[Report on the health of British troops in the Madras command]
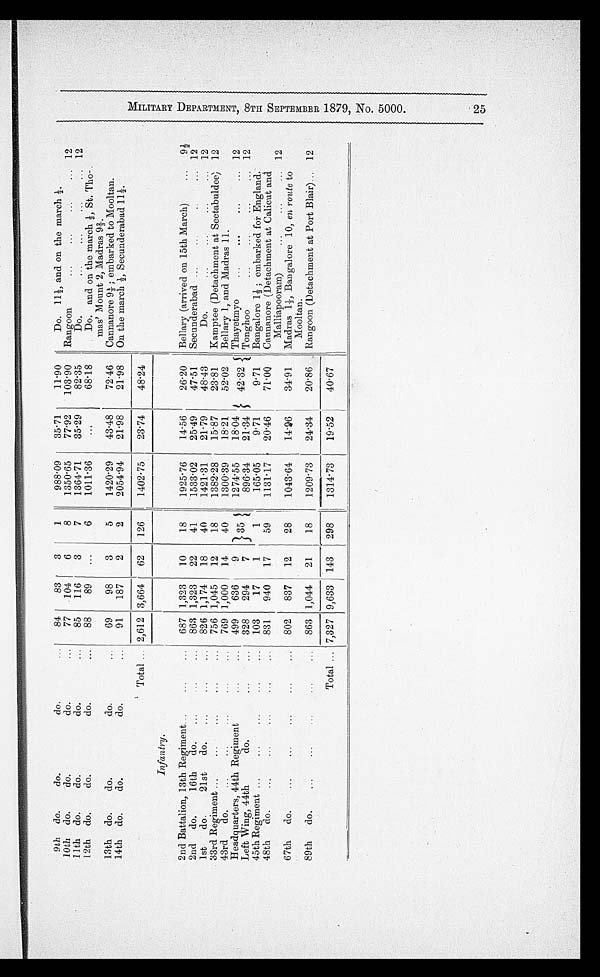
9th do.
do.
do.
10th do.
do.
do.
11th do.
do.
do.
12th do.
do.
do.
...
...
...
...
84
77
85
88
83
.104
116
89
3
6
3
...
1
8
7
6
988.09
1350.65
136.71
1011.36
35.71
77.92
35.29
...
11.90
103 . 90
82.35
68.18
Do. 111/2,a n d o n
t h e m a r c h
.
Rangoon
...
...
...
...
Do.
...
...
...
...
Do. and on the march St. Tho .
mas' Mount 2, Madras 91/2.
12
12
13th do.
do.
do.
...
69
98
3
5
1420.29
43.48
72.46
Cannanore 91/2; embarked to Mooltan.
14th do.
do.
do.
...
91
187
2
2
205.94
2198
21.98
On the march , Secunderabad 11/2.
Total ... 2,612 3,664
62
126
140.75
23.74
48.24
Infantry.
1
2nd Battalion, 13th Regiment...
...
• ...
687 1,323
10
18
1925.76
14.56
26.20 ' Bellary (arrived on 15th March)
...
9.
2nd do.
16th do.
...
...
863 1,323
22
41
1533.02
25.49
47.51
Secunderabad...
..
..
... 12
1st
do.
21st
do.
..
...
826 1,174
18
40
1421.31
21.79
48.43
Do.
• • •
• • •
. • •
• • •
12
33rd Regiment ...
...
...
...
756 1,045
12
18
138.28
15.87
23.81
Kamptee (Detachment at Seetabuldee) 12
43rd
do.
.
. .
...
...
...
...
769 1,000
14
40
1300.39
18.21
52.02
Bellary 1, and Madras 11.
Headquarters, 44th Regiment
Left Wing, 44th
do.
...
...
...
...
499
328
636
294
9
7
35 d
127.55
896 . 34
18.04
21.34
42.32 5 Thayetmyo
...
...
...
...
Tonghoo
...
...
...
...
12
12
45th Regiment ...
...
...
...
103
17
1
1 1
165 . 05
9.71
9.71
Bangalore 1/2 ; embarked for England;
48th do.
...
...
...
,..
831
940
17
59
1131.17
20 . 46
7.00 Cannanore (Detachment at Calicut and
Malliapooram)
...
...
... 12
67th do.
...
...
...
...
...
802
837
12
28
1043.64
14.96
34.91
Madras 1+, Bangalore 10, en route to
Mooltan.
89th
do.
„.
...
...
...
...
863 1,044
21
18
1209.73
24.34
20.86
Rangoon (Detachment at Port Blair)... 12
Total ... 7,327 9,633 143
298
1314.73
19.52
40.67
M I I L I T A R Y D E P A R T E M E N T , 8 T H S E P T E M B E R 1 8 7 9 , N o . 5 0 0 0 . 2 5